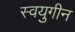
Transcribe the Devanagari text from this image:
स्वयुगीन